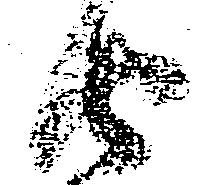
由